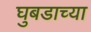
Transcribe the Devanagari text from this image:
घुबडाच्या